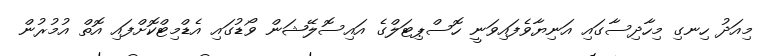
މިއަދު ހިނގި މިހާދިސާގައި އަނިޔާވެފައިވަނީ ހޮސްޕިޓަލްގެ އައިސޮލޭޝަން ވޯޑުގައި އެޑްމިޓްކޮށްފައި އޮތް އުމުރުން